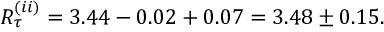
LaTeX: R _ { \tau } ^ { ( i i ) } = 3 . 4 4 - 0 . 0 2 + 0 . 0 7 = 3 . 4 8 \pm 0 . 1 5 .